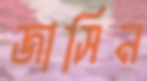
জাসিন